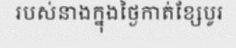
របស់នាងក្នុងថ្ងៃកាត់ខ្សែបូរ